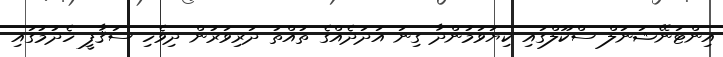
އިންޓަނޭޝަނަލް ސްކޫލްގައި ކިޔަވަމުންދާ ގިނަ އަދަދެއްގެ ތުއްތު ދަރިވަރުން ދިވެހި ސަޤާފީ ހެދުމުގައި